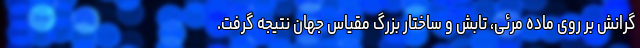
گرانش بر روی ماده مرئی، تابش و ساختار بزرگ مقیاس جهان نتیجه گرفت.